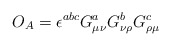
\begin{align*}O_A=\epsilon^{abc}G^a_{\mu\nu}G^b_{\nu\rho}G^c_{\rho\mu}\end{align*}